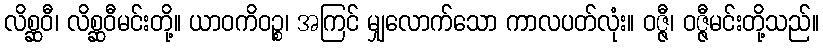
လိစ္ဆဝီ၊ လိစ္ဆဝီမင်းတို့။ ယာဝကိဝဉ္စ၊ အကြင် မျှလောက်သော ကာလပတ်လုံး။ ဝဇ္ဇီ၊ ဝဇ္ဇီမင်းတို့သည်။